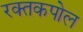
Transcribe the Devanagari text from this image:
रक्तकपोल